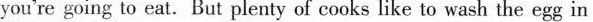
you're going to eat.But plenty of cooks like to wash the egg in